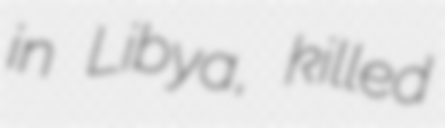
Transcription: in Libya, killed